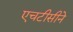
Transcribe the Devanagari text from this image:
एचटीसीने